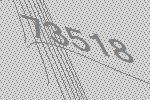
73518